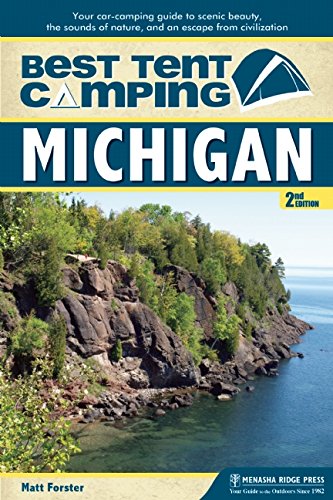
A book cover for Best Tent Camping: Michigan: Your Car-Camping Guide to Scenic Beauty, the Sounds of Nature, and an Escape from Civilization; Matt Forster; Sports & Outdoors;